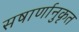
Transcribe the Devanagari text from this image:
सषार्णानुकृत